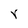
Character: r